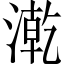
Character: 漧